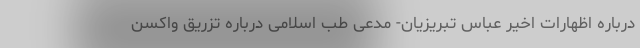
درباره اظهارات اخیر عباس تبریزیان- مدعی طب اسلامی درباره تزریق واکسن